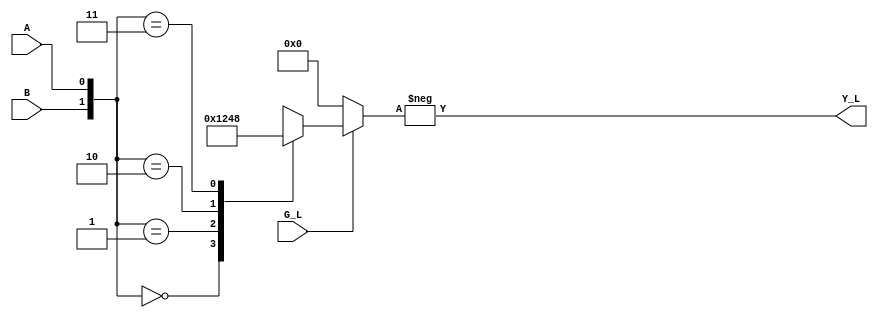
`timescale 1ns / 1ps 

module v74x139_c(
  input G_L,
  input A,
  input B,
  output [3:0] Y_L
);

wire G;
wire [1:0] In;
reg [3:0] Y;

assign G = -G_L;
assign In = {B, A};
assign Y_L = -Y;

always@(G or In)
begin
  if (G == 1)
  begin
    case(In)
      2'b00 : Y = 4'b0001;
      2'b01 : Y = 4'b0010;
      2'b10 : Y = 4'b0100;
      2'b11 : Y = 4'b1000;
    endcase
  end 
  else
  begin
    Y = 4'b0000;
  end 
end 
endmodule